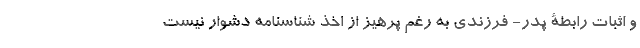
و اثبات رابطۀ پدر- فرزندی به رغم پرهیز از اخذ شناسنامه دشوار نیست